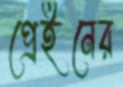
প্রেইনের